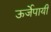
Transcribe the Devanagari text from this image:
ऊर्जेपायी